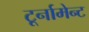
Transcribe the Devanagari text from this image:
टूर्नामेन्‍ट